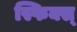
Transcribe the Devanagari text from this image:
स्फिक्स्